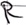
Text: R